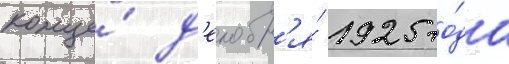
конце́ д'екабр'я́ 1925 го́да